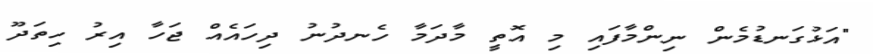
"އަޅުގަނޑުމެން ނިންމާފައި މި އޮތީ މާދަމާ ހެނދުނު ދިހައެއް ޖަހާ އިރު ހިތަދޫ